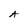
Character: A